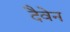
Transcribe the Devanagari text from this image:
दैवेन